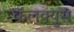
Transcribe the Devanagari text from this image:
कॅलक्युस